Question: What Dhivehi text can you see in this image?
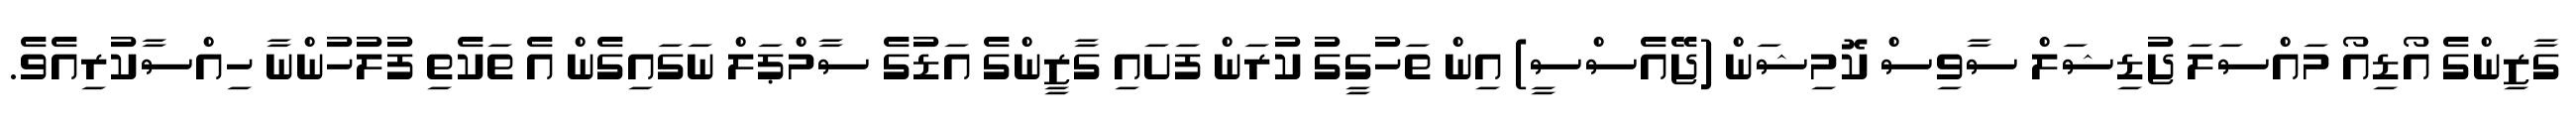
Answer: ގާޒިންގެ އޯޑިއޯ މައްސަލަ ޖުޑިޝަލް ސާވިސް ކޮމިޝަން (ޖޭއެސްސީ) އިން ތަހުގީގު ކުރަން ފަށައި ގާޒީންގެ އަޑުގެ ސާމްޕަލް ނަގައިގެން އެ ތަކެތި ފުލުހުންނާ ހިއްސާކުރިއެވެ.